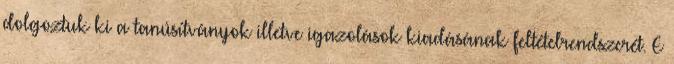
dolgoztuk ki a tanúsítványok illetve igazolások kiadásának feltételrendszerét. E